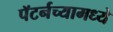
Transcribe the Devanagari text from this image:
पॅटर्नच्यामध्ये